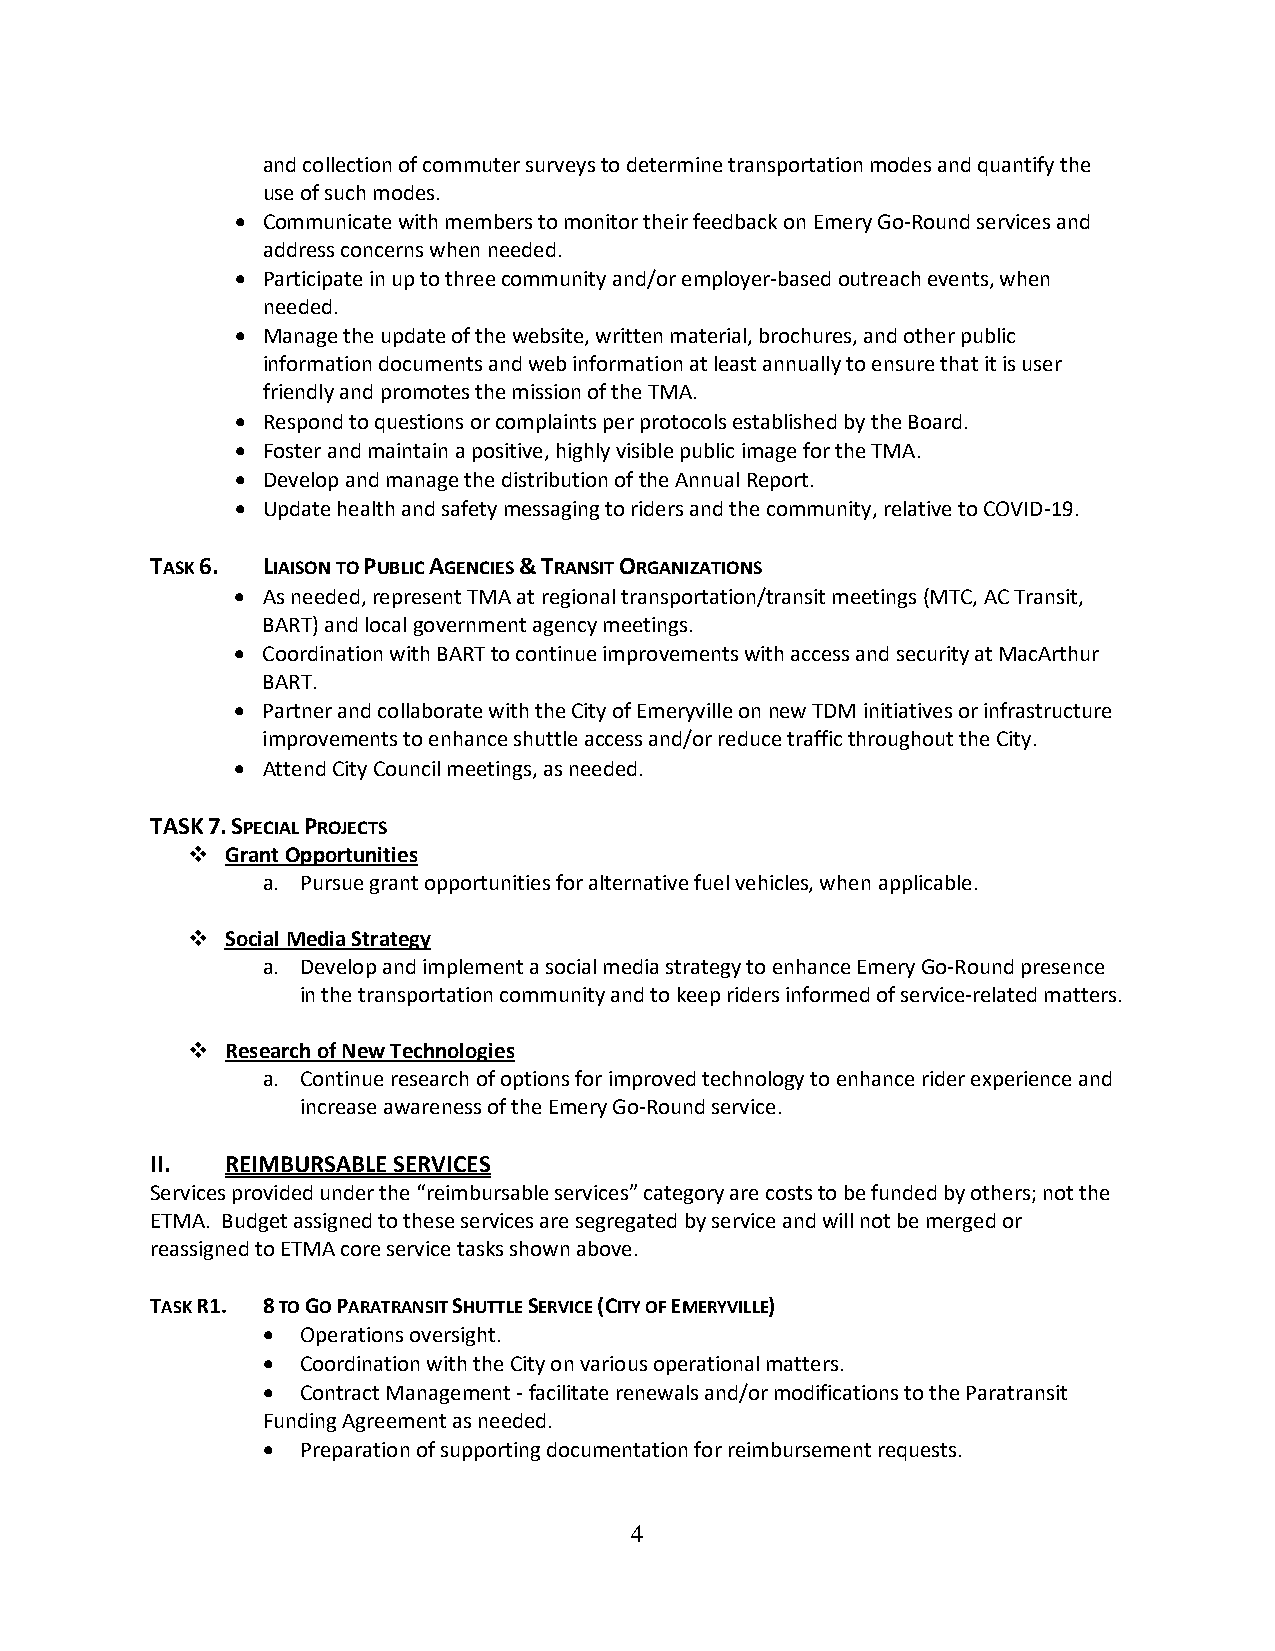
and collection of commuter surveys to determine transportation modes and quantify the
 use of such modes.
 • Communicate with members to monitor their feedback on Emery Go-Round services and
 address concerns when needed.
 • Participate in up to three community and/or employer-based outreach events, when
 needed.
 • Manage the update of the website, written material, brochures, and other public
 information documents and web information at least annually to ensure that it is user
 friendly and promotes the mission of the TMA.
 • Respond to questions or complaints per protocols established by the Board.
 • Foster and maintain a positive, highly visible public image for the TMA.
 • Develop and manage the distribution of the Annual Report.
 • Update health and safety messaging to riders and the community, relative to COVID-19.
 TASK 6. LIAISON TO PUBLIC AGENCIES & TRANSIT ORGANIZATIONS
 • As needed, represent TMA at regional transportation/transit meetings (MTC, AC Transit,
 BART) and local government agency meetings.
 • Coordination with BART to continue improvements with access and security at MacArthur
 BART.
 • Partner and collaborate with the City of Emeryville on new TDM initiatives or infrastructure
 improvements to enhance shuttle access and/or reduce traffic throughout the City.
 • Attend City Council meetings, as needed.
 TASK 7. SPECIAL PROJECTS
   Grant Opportunities
 a. Pursue grant opportunities for alternative fuel vehicles, when applicable.
   Social Media Strategy
 a. Develop and implement a social media strategy to enhance Emery Go-Round presence
 in the transportation community and to keep riders informed of service-related matters.
   Research of New Technologies
 a. Continue research of options for improved technology to enhance rider experience and
 increase awareness of the Emery Go-Round service.
 II.  REIMBURSABLE SERVICES
 Services provided under the “reimbursable services” category are costs to be funded by others; not the
 ETMA. Budget assigned to these services are segregated by service and will not be merged or
 reassigned to ETMA core service tasks shown above.
 TASK R1. 8 TO GO PARATRANSIT SHUTTLE SERVICE (CITY OF EMERYVILLE)
 •  Operations oversight.
 •  Coordination with the City on various operational matters.
 •  Contract Management - facilitate renewals and/or modifications to the Paratransit
 Funding Agreement as needed.
 •  Preparation of supporting documentation for reimbursement requests.
 4